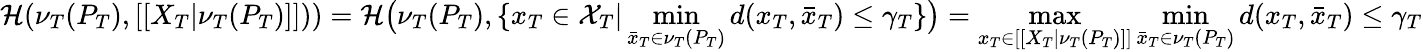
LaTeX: \mathcal{H}(\nu_{T}(P_{T}),[[X_{T}|\nu_{T}({P}_{T})]]))=\mathcal{H}\big(\nu_{T}(P_{T}),\{ x_{T}\in\mathcal{X}_{T}|\operatorname*{min}_{\bar{x}_{T}\in\nu_{T}(P_{T})}d(x_{T},\bar{x}_{T})\leq\gamma_{T}\} \big)=\operatorname*{max}_{x_{T}\in[[X_{T}|\nu_{T}(P_{T})]]}\operatorname*{min}_{\bar{x}_{T}\in\nu_{T}(P_{T})}d(x_{T},\bar{x}_{T})\leq\gamma_{T}